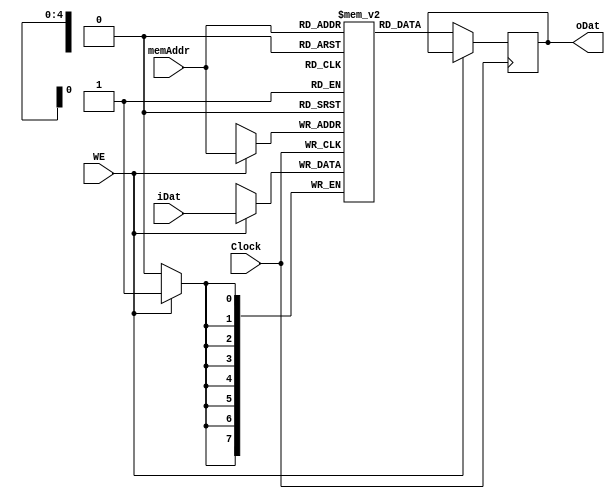
module MemoryRam(
	input Clock, WE,
	input [4:0]memAddr,
	input [7:0]iDat,
	output reg [7:0]oDat
);
	
	reg [7:0]RAM[31:0];
	reg [4:0]addrReg;
	
	always@(posedge Clock)
	begin
		if (WE)
			RAM[memAddr]<=iDat;
		else
			oDat=RAM[memAddr];
	end
	
	endmodule